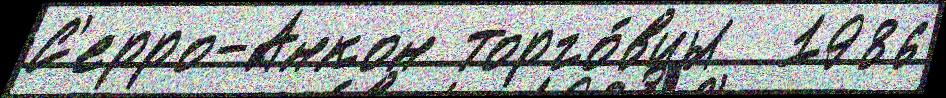
С'ерро-Анкон торго́вцы  1986